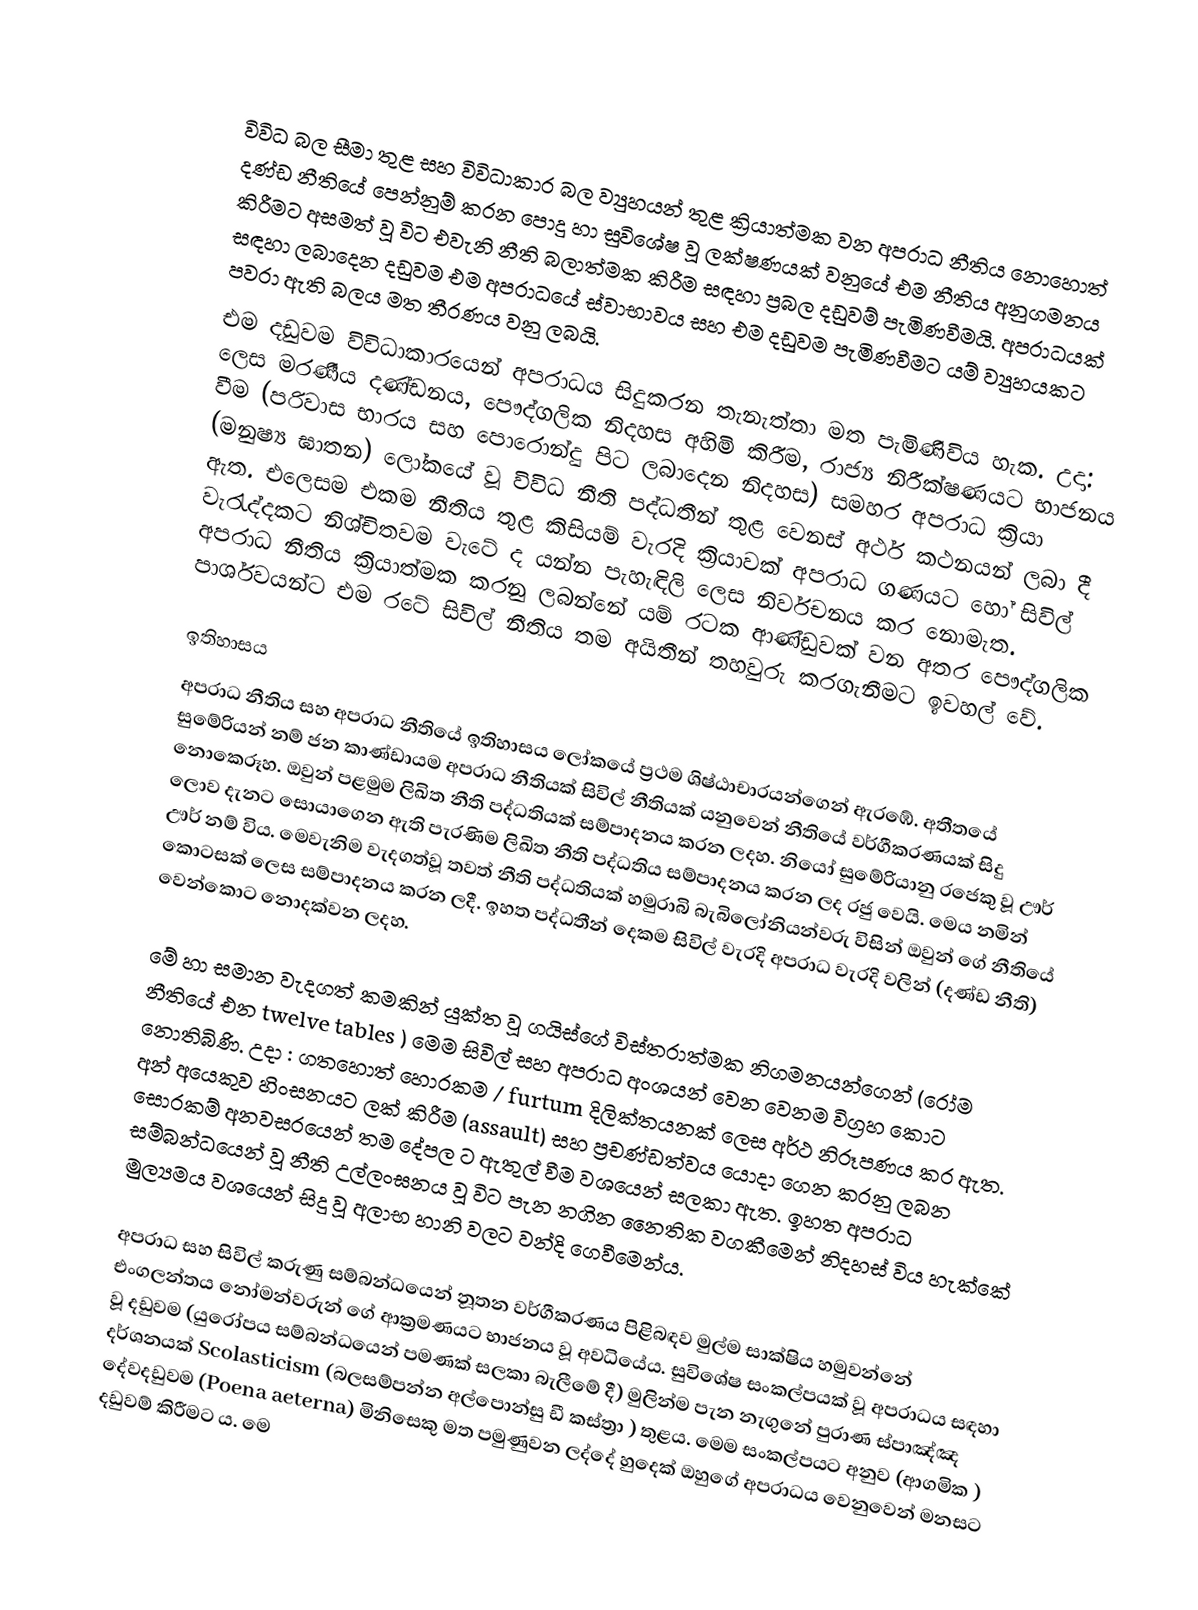

විවිධ බල සීමා තුළ සහ විවිධාකාර බල ව්‍යුහයන් තුළ ක්‍රියාත්මක වන අපරාධ නීතිය නොහොත් දණ්ඩ නීතියේ පෙන්නුම් කරන පොදු හා සුවිශේෂ වූ ලක්ෂණයක් වනුයේ එම නීතිය අනුගමනය කිරීමට අසමත් වූ විට එවැනි නීති බලාත්මක කිරීම සඳහා ප්‍රබල දඩුවම් පැමිණවීමයි. අපරාධයක් සඳහා ලබාදෙන දඩුවම එම අපරාධයේ ස්වාභාවය සහ එම දඩුවම පැමිණවීමට යම් ව්‍යුහයකට පවරා ඇති බලය මත තීරණය වනු ලබයි.
එම දඩුවම විවිධාකාරයෙන් අපරාධය සිදුකරන තැනැත්තා මත පැමිණිවිය හැක. උදා: ලෙස මරණීය දණ්ඩනය, පෞද්ගලික නිදහස අහිමි කිරීම, රාජ්‍ය ‍නිරීක්ෂණයට භාජනය වීම (පරිවාස භාරය සහ පොරොන්දු පිට ලබාදෙන නිදහස) සමහර අපරාධ ක්‍රියා (මනුෂ්‍ය ඝාතන) ලෝකයේ වූ විවිධ නීති පද්ධතීන් තුළ වෙනස් අර්ථ කථනයන් ලබා දී ඇත. එලෙසම එකම නීතිය තුළ කිසියම් වැරදි ක්‍රියාවක් අපරාධ ගණයට හෝ සිවිල් වැරැද්දකට නිශ්චිතවම වැටේ ද යන්න පැහැඳිලි ලෙස නිර්වචනය කර නොමැත. අපරාධ නීතිය ක්‍රියාත්මක කරනු ලබන්නේ යම් රටක ආණ්ඩුවක් වන අතර පෞද්ගලික පාර්ශවයන්ට එම රටේ සිවිල් නීතිය තම අයිතීන් තහවුරු කරගැනීමට ඉවහල් වේ.

ඉතිහාසය
අපරාධ නීතිය සහ අපරාධ නීතියේ ඉතිහාසය ලෝකයේ ප්‍රථම ශිෂ්ඨාචාරයන්ගෙන් ඇරඹේ.  අතීතයේ සුමේරියන් නම් ජන කාණ්ඩායම අපරාධ නීතියක් සිවිල් නීතියක් යනුවෙන් නීතියේ වර්ගීකරණයක් සිදු නොකෙරූහ. ඔවුන් පළමුම ලිඛිත නීති පද්ධතියක් සම්පාදනය කරන ලදහ. නියෝ සුමේරියානු  රජෙකු වූ ඌර් ලොව දැනට සොයාගෙන ඇති පැරණිම ලිඛිත නීති පද්ධතිය සම්පාදනය කරන ලද රජු වෙයි. මෙය නමින් ඌර් නම් විය. මෙවැනිම වැදගත්වූ තවත් නීති පද්ධතියක් හමුරාබි බැබිලෝනියන්වරු විසින් ඔවුන් ‍ගේ නීතියේ කොටසක් ලෙස සම්පාදනය කරන ලදී. ඉහත පද්ධතීන් දෙකම සිවිල් වැරදි අපරාධ වැරදි වලින් (දණ්ඩ නීති) වෙන්කොට නොදක්වන ලදහ.

මේ හා සමාන වැදගත් කමකින් යුක්ත වූ ගයිස්ගේ විස්තරාත්මක නිගමනයන්ගෙන් (රෝම නීතියේ එන twelve tables ) මෙම සිවිල් සහ අපරාධ අංශයන් වෙන වෙනම විග්‍රහ කොට නොතිබිණි. උදා : ගතහොත් හොරකම /  furtum  දිලික්තයනක් ලෙස අර්ථ නිරූපණය කර ඇත. අන් අයෙකුව හිංසනයට ලක් කිරීම (assault) සහ ප්‍රචණ්ඩත්වය යොදා ගෙන කරනු ලබන සොරකම් අනවසරයෙන් තම දේපල ට ඇතුල් වීම වශයෙන් සලකා ඇත. ඉහත අපරාධ සම්බන්ධයෙන් වූ නීති උල්ලංඝනය වූ විට පැන නගින නෛතික වගකීමෙන් නිදහස් විය හැක්කේ මුල්‍යමය වශයෙන් සිදු වූ අලාභ හානි වලට වන්දි ගෙවීමෙන්ය.

අපරාධ සහ සිවිල් කරුණු සම්බන්ධයෙන් නූතන වර්ගීකරණය පිළිබඳව මුල්ම සාක්ෂිය හමුවන්නේ එංගලන්තය නෝමන්වරුන් ‍ගේ ආක්‍රමණයට භාජනය වූ අවධියේය. සුවිශේෂ සංකල්පයක් වූ අපරාධය සඳහා  වූ දඩුවම (යුරෝප‍ය සම්බන්ධයෙන් පමණක් සලකා බැලීමේ දී) මුලින්ම පැන නැගුනේ  පුරාණ ස්පාඤ්ඤ දර්ශනයක් Scolasticism (බලසම්පන්න අල්පොන්සු ඩී කස්‍ත්‍රා ) තුළය. මෙම සංකල්පයට අනුව (ආගමික ) දේවදඩුවම (Poena aeterna) මිනිසෙකු මත පමුණුවන ලද්දේ හුදෙක් ඔහුගේ අපරාධය වෙනුවෙන් මනසට දඩුවම් කිරීමට ය. මෙ